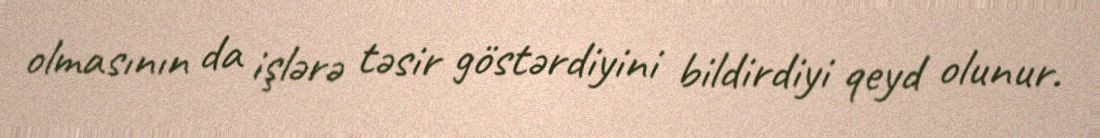
olmasının da işlərə təsir göstərdiyini bildirdiyi qeyd olunur.